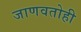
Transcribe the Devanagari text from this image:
जाणवतोही